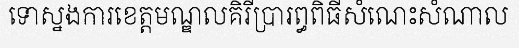
ទោស្នងការខេត្តមណ្ឌលគិរីប្រារព្ធពិធីសំណេះសំណាល